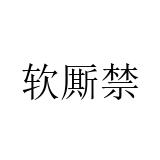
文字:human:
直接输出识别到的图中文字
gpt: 软厮禁